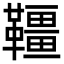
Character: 韁